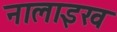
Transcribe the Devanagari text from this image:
नालाइख